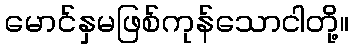
မောင်နှမဖြစ်ကုန်သောငါတို့။